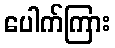
ပေါက်ကြား